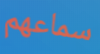
سماعهم